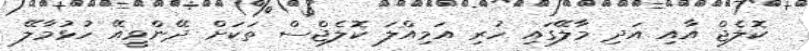
ކޮލެޖް އާއި އަދި މާލޭގައި ހުރި އަމިއްލަ ކޮލެޖްސް ތަކަށް ދޭންވީއޭ ހުޅުމާލޭ